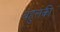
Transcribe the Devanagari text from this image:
बहुलकी